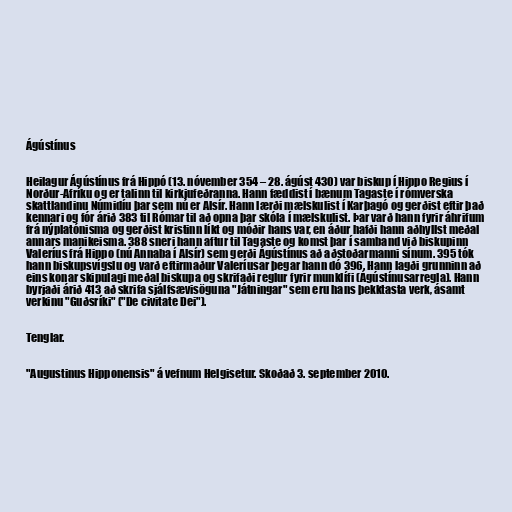
Ágústínus

Heilagur Ágústínus frá Hippó (13. nóvember 354 – 28. ágúst 430) var biskup í Hippo Regius í
Norður-Afríku og er talinn til kirkjufeðranna. Hann fæddist í bænum Tagaste í rómverska
skattlandinu Númidíu þar sem nú er Alsír. Hann lærði mælskulist í Karþagó og gerðist eftir það
kennari og fór árið 383 til Rómar til að opna þar skóla í mælskulist. Þar varð hann fyrir áhrifum
frá nýplatónisma og gerðist kristinn líkt og móðir hans var, en áður hafði hann aðhyllst meðal
annars manikeisma. 388 sneri hann aftur til Tagaste og komst þar í samband við biskupinn
Valeríus frá Hippo (nú Annaba í Alsír) sem gerði Ágústínus að aðstoðarmanni sínum. 395 tók
hann biskupsvígslu og varð eftirmaður Valeríusar þegar hann dó 396. Hann lagði grunninn að
eins konar skipulagi meðal biskupa og skrifaði reglur fyrir munklífi (Ágústínusarregla). Hann
byrjaði árið 413 að skrifa sjálfsævisöguna "Játningar" sem eru hans þekktasta verk, ásamt
verkinu "Guðsríki" ("De civitate Dei").

Tenglar.

"Augustinus Hipponensis" á vefnum Helgisetur. Skoðað 3. september 2010.